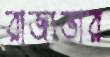
রাজ্যভার